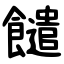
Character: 䭤